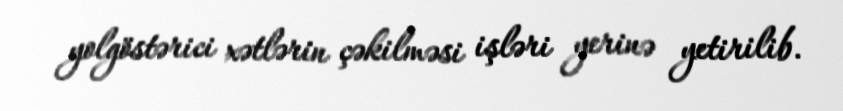
yolgöstərici xətlərin çəkilməsi işləri yerinə yetirilib.